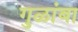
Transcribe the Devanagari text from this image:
गुळांबा